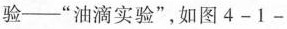
验--”油滴实验”，如图4-1-